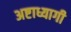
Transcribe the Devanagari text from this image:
अष्टाध्यागी